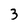
Character: 3